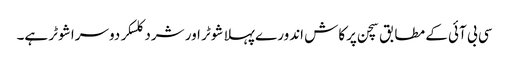
سی بی آئی کے مطابق سچن پرکاش اندورے پہلا شوٹر اور شرد کلسکر دوسرا شوٹر ہے۔